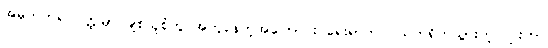
အမှတ်တရ ဝတ္ထုမှာ ချစ်သူစုံတွဲ အတူနေတဲ့အကြောင်း ရေးရာက ဂယက်ရိုက်သွားတဲ့ ဂျူးဟာ